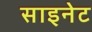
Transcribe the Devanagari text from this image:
साइनेट